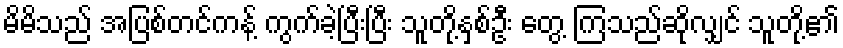
မိမိသည် အပြစ်တင်ကန့် ကွက်ခဲ့ပြီးပြီး သူတို့နှစ်ဦး တွေ့ ကြသည်ဆိုလျှင် သူတို့၏